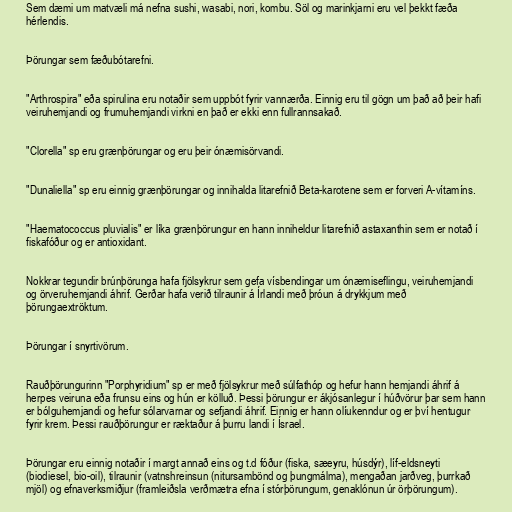
Sem dæmi um matvæli má nefna sushi, wasabi, nori, kombu. Söl og marinkjarni eru vel þekkt fæða
hérlendis.

Þörungar sem fæðubótarefni.

"Arthrospira" eða spirulina eru notaðir sem uppbót fyrir vannærða. Einnig eru til gögn um það að þeir hafi
veiruhemjandi og frumuhemjandi virkni en það er ekki enn fullrannsakað.

"Clorella" sp eru grænþörungar og eru þeir ónæmisörvandi.

"Dunaliella" sp eru einnig grænþörungar og innihalda litarefnið Beta-karotene sem er forveri A-vítamíns.

"Haematococcus pluvialis" er líka grænþörungur en hann inniheldur litarefnið astaxanthin sem er notað í
fiskafóður og er antioxidant.

Nokkrar tegundir brúnþörunga hafa fjölsykrur sem gefa vísbendingar um ónæmiseflingu, veiruhemjandi
og örveruhemjandi áhrif. Gerðar hafa verið tilraunir á Írlandi með þróun á drykkjum með
þörungaextröktum.

Þörungar í snyrtivörum.

Rauðþörungurinn "Porphyridium" sp er með fjölsykrur með súlfathóp og hefur hann hemjandi áhrif á
herpes veiruna eða frunsu eins og hún er kölluð. Þessi þörungur er ákjósanlegur í húðvörur þar sem hann
er bólguhemjandi og hefur sólarvarnar og sefjandi áhrif. Einnig er hann olíukenndur og er því hentugur
fyrir krem. Þessi rauðþörungur er ræktaður á þurru landi í Ísrael.

Þörungar eru einnig notaðir í margt annað eins og t.d fóður (fiska, sæeyru, húsdýr), líf-eldsneyti
(biodiesel, bio-oil), tilraunir (vatnshreinsun (nitursambönd og þungmálma), mengaðan jarðveg, þurrkað
mjöl) og efnaverksmiðjur (framleiðsla verðmætra efna í stórþörungum, genaklónun úr örþörungum).